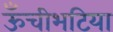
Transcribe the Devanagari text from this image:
ऊँचीभटिया